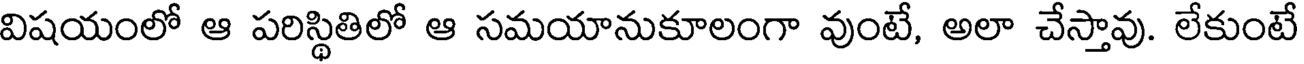
విషయంలో ఆ పరిస్థితిలో ఆ సమయానుకూలంగా వుంటే, అలా చేస్తావు. లేకుంటే